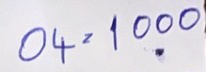
04 = 1000